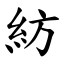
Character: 紡